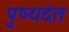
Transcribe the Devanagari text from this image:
पुष्यदंत